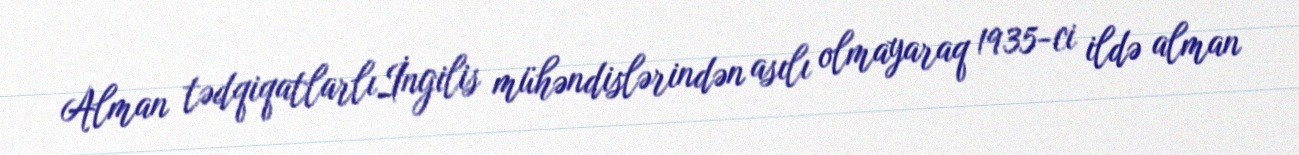
Alman tədqiqatlarlıİngilis mühəndislərindən asılı olmayaraq 1935-ci ildə alman